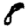
Digit: 8